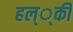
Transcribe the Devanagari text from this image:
हल््की